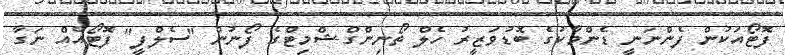
ފޮޓޯއަކުން ފެންނަނީ ޑެންމާކުގެ ބޮޑުވަޒީރު ހެލް ތޯނިންގް-ޝްމިޓްގެ ފޯނުން "ސެލްފީ" ފޮޓޯއެއް ނަގާ